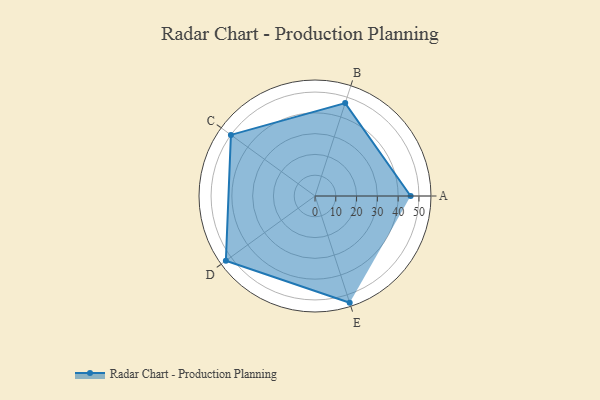
{"axis": {"x": "Skill", "y": "Score"}, "legend": ["Profile"], "data": [{"x": "A", "y": 46.0, "type": "Profile"}, {"x": "B", "y": 47.0, "type": "Profile"}, {"x": "C", "y": 50.0, "type": "Profile"}, {"x": "D", "y": 53.0, "type": "Profile"}, {"x": "E", "y": 54.0, "type": "Profile"}]}